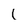
Character: L